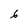
Character: 6